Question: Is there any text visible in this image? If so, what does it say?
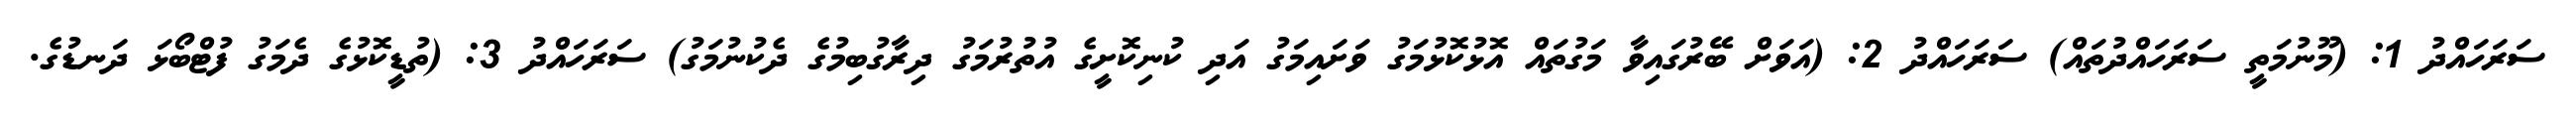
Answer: ސަރަހައްދު 1: (މޫނުމަތީ ސަރަހައްދުތައް) ސަރަހައްދު 2: (އަވަށް ބޭރުގައިވާ މަގުތައް އޮޅުކޮޅުމަގު ވަށައިމަގު އަދި ކުނިކޮށީގެ އުތުރުމަގު ދިރާގުބިމުގެ ދެކުނުމަގު) ސަރަހައްދު 3: (ތުޑީކޮޅުގެ ދެމަގު ފުޓްބޯޅަ ދަނޑުގެ.